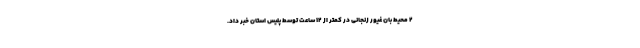
۲ محیط بان غیور زنجانی در کمتر از ۱۲ ساعت توسط پلیس استان خبر داد.